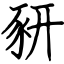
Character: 豜